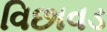
વિછાવડ